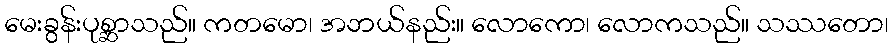
မေးခွန်းပုစ္ဆာသည်။ ကတမော၊ အဘယ်နည်း။ လောကော၊ လောကသည်။ သဿတော၊